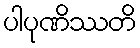
ပါပုဏိဿတိ